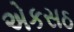
એકસઠ